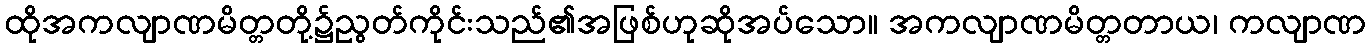
ထိုအကလျာဏမိတ္တတို့၌ညွတ်ကိုင်းသည်၏အဖြစ်ဟုဆိုအပ်သော။ အကလျာဏမိတ္တတာယ၊ ကလျာဏ